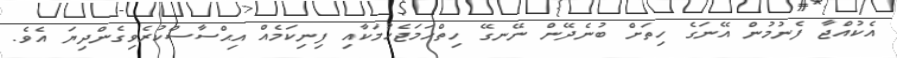
އެކުއްޖާ ފެނުމުން އޭނަގެ ހިތަށް ބުނެދޭން ނޭނގޭ ހިތްހަމަޖެހުމަކާއި ފިނިކަމެއް އިޙްސާސްކުރެވިގެންދިޔަ އެވެ.